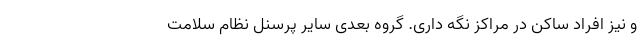
و نیز افراد ساکن در مراکز نگه داری. گروه بعدی سایر پرسنل نظام سلامت